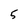
Character: 5